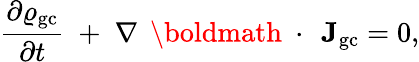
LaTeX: \frac{\partial\varrho_{\mathrm{gc}}}{\partial t}\; +\; \nabla\, \mathrm{~\boldmath~\cdot~}\, {\mathbf J}_{\mathrm{gc}}=0,